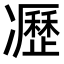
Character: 𠘟